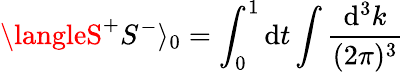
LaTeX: \langleS^{+}S^{-}\rangle_{0}=\int_{0}^{1}\mathrm{d}t\int\frac{{\mathrm{d}^{3}k}}{{(2\pi)^{3}}}